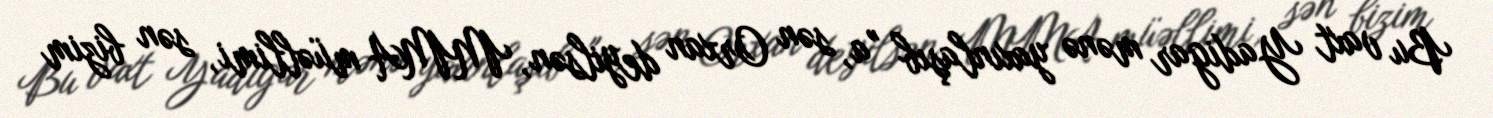
Bu vaxt Yadigar mənə yaxınlaşıb "a, sən Orxan deyilsən, MMA müəllimi, sən bizim